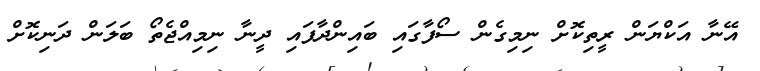
އޭނާ އަކްޔަން ރީތިކޮށް ނިމިގެން ސޯފާގައި ބައިންދާފައި ދީނާ ނިމިއްޖެތޯ ބަލަން ދަނިކޮށް